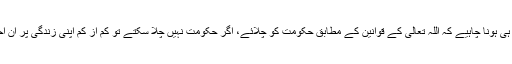
ہر مسلمان کا مقصد یہ ہی ہونا چاہیے کہ اللہ تعالیٰ کے قوانین کے مطابق حکومت کو چلائے، اگر حکومت نہیں چلا سکتے تو کم از کم اپنی زندگی پر ان احکامات کو لاگو کرے۔